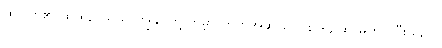
ထိုဂြိုဟ်၏ ထုထည်သည် ကျွန်ုပ်တို့ ကမ္ဘာ ထက်အဆ ပေါင်း ၆၄ ဆ မက ကြီးသည်။